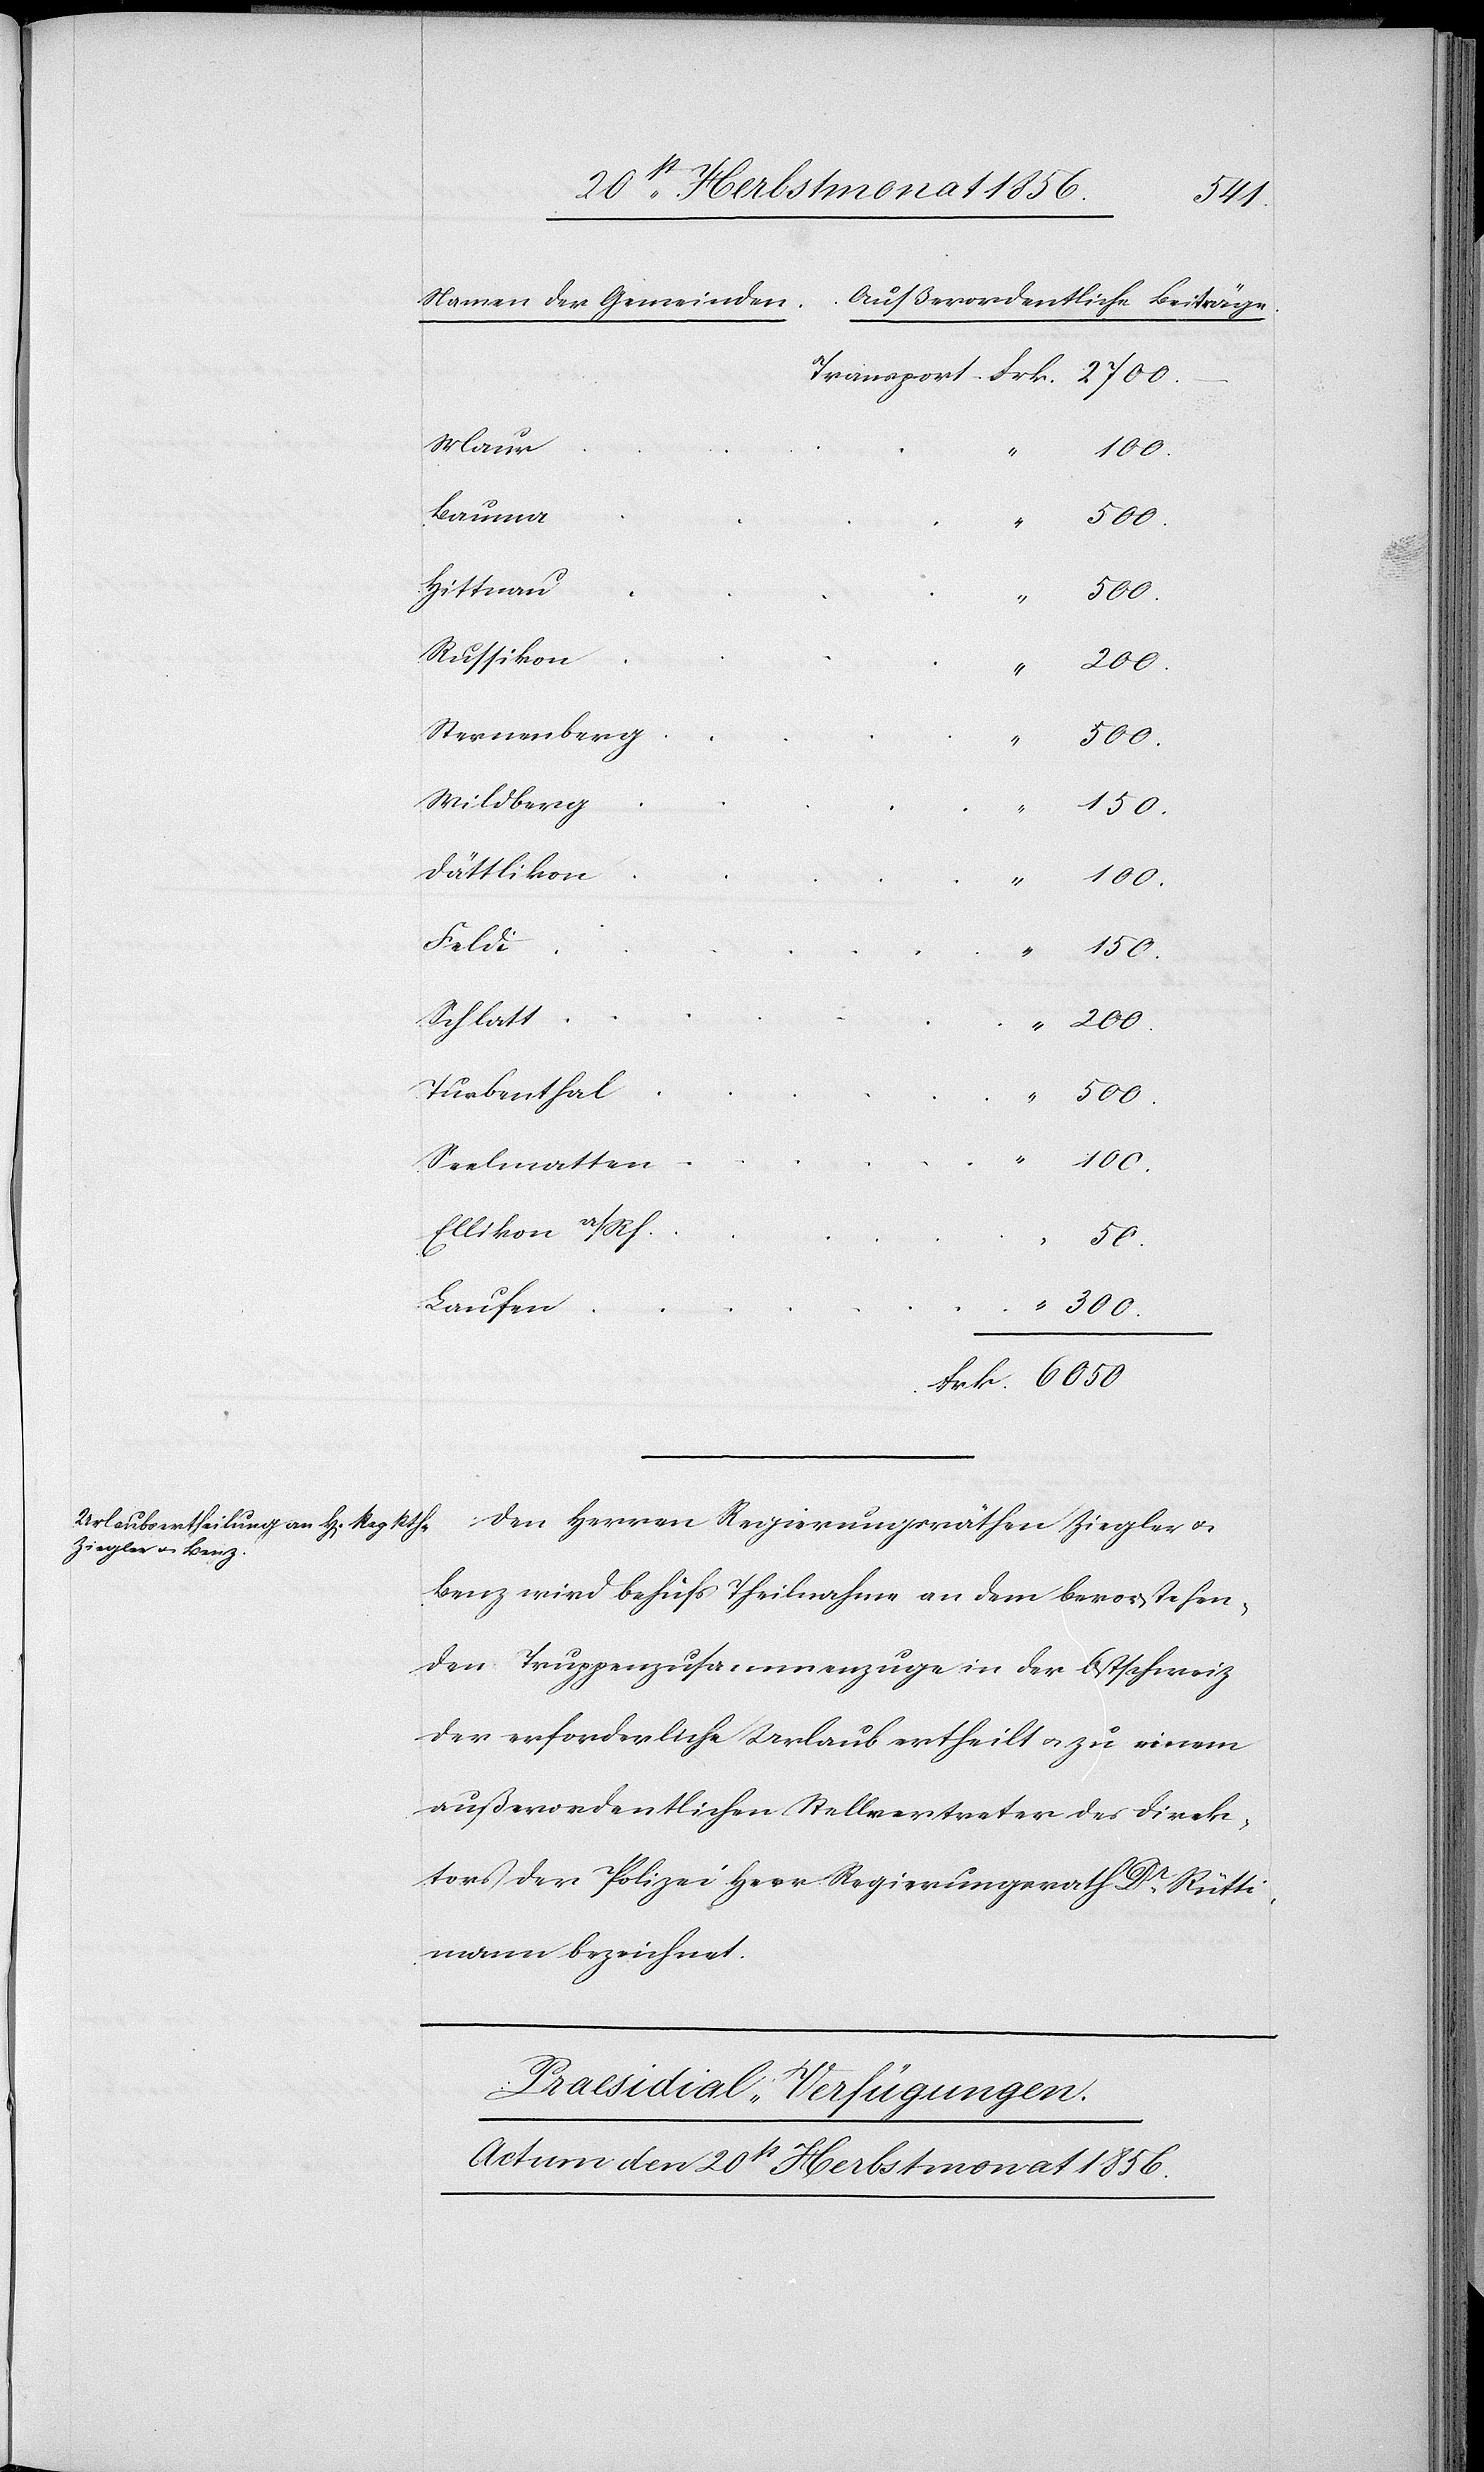
Maur
Bauma
Hittnau
Russikon
“
300.
Sternenberg
Wildberg
150.
Dättlikon
“
100.
Frk.
150.
Schlatt
Turbenthal
2700.–
Seelmatten
Ellikon a/Rh.
50.
Laufen
Den Herren Regierungsräthen Ziegler u.
Benz wird behufs Theilnahme an dem bevorstehen¬
den Truppenzusammenzuge in der Ostschweiz
der erforderliche Urlaub ertheilt u. zu einem
außerordentlichen Stellvertreter der Direk¬
tion der Polizei Herr Regierungsrath Dr Rütti¬
mann bezeichnet.
Praesidial-Verfügungen.
Actum den 20st Herbstmonat 1856.